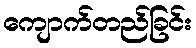
ကျောက်တည်ခြင်း